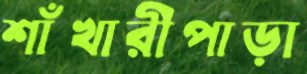
শাঁখারীপাড়া